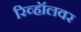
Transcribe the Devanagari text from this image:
रिव्हॉलवर